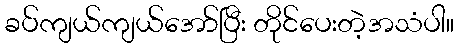
ခပ်ကျယ်ကျယ်အော်ပြီး တိုင်ပေးတဲ့အသံပါ။